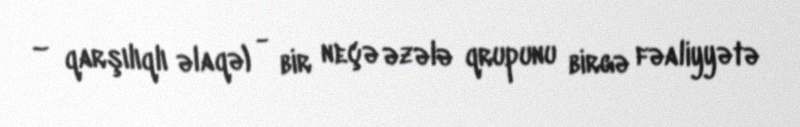
ουνεργία – qarşılıqlı əlaqə) - bir neçə əzələ qrupunu birgə fəaliyyətə